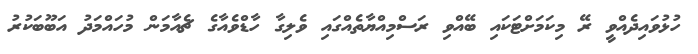
ހުޅުވައިދެއްވީ ރޭ މިކަމަށްޓަކައި ބޭއްވި ރަސްމިއްޔާތެއްގައި ވެލިގާ ހާޑްވެއާގެ ޗެއާމަން މުހައްމަދު އަބޫބަކުރު